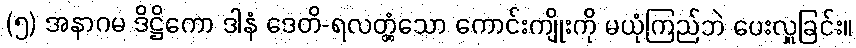
(၅) အနာဂမ ဒိဋ္ဌိကော ဒါနံ ဒေတိ-ရလတ္တံ့သော ကောင်းကျိုးကို မယုံကြည်ဘဲ ပေးလှူခြင်း။